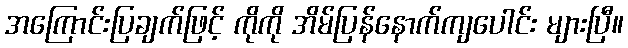
အကြောင်းပြချက်ဖြင့် ကိုကို အိမ်ပြန်နောက်ကျပေါင်း များပြီ။